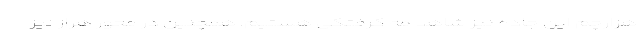
هزارچم این جاده نیز شاهد مه گرفتگی هستیم. همچنین در محور هراز نیز